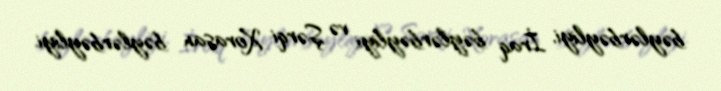
bəylərbəyliyi, İraq bəylərbəyliyi və Şərqi Xorasan bəylərbəyliyi.